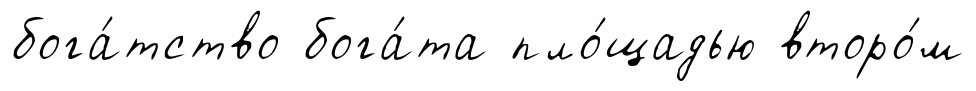
бога́тство бога́та пло́щадью второ́м